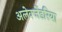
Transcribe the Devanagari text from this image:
अलेक्जेंडरिया